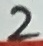
Text: 2